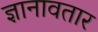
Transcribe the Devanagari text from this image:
ज्ञानावतार